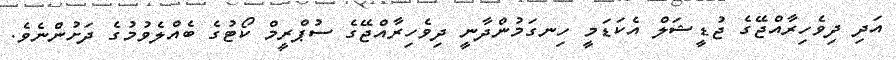
އަދި ދިވެހިރާއްޖޭގެ ޖުޑީޝަލް އެކަޑަމީ ހިނގަމުންދާނީ ދިވެހިރާއްޖޭގެ ސުޕްރީމް ކޯޓުގެ ބެއްލެވުމުގެ ދަށުންނެވެ.